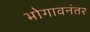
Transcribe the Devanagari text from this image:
भोगावनंतर